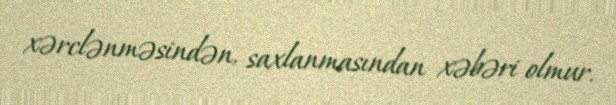
xərclənməsindən, saxlanmasından xəbəri olmur.